Annual administration report of the Civil Veterinary Department, Ajmere-Merwara, British Rajputana - 1914-1940
Year: 1914
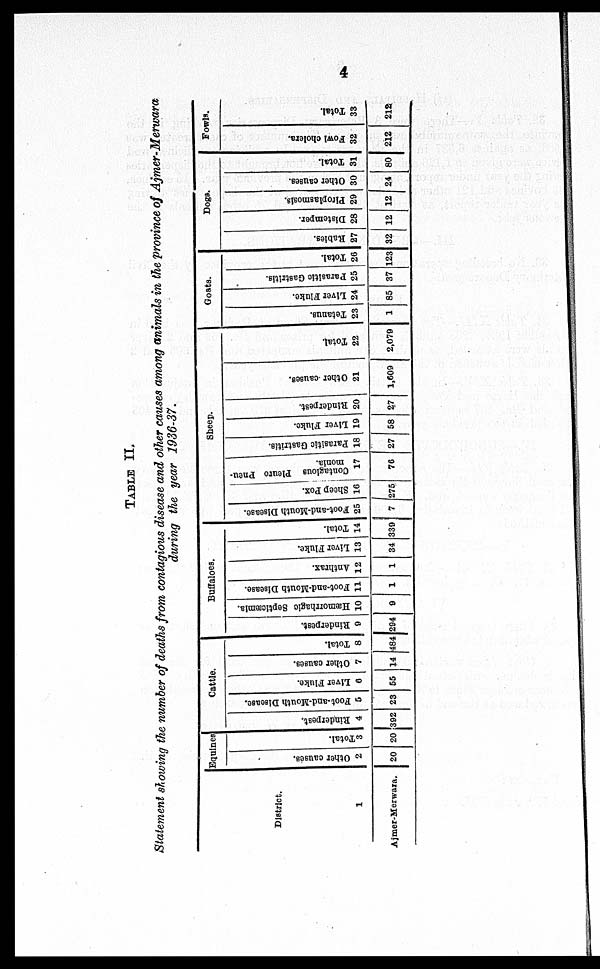
4
TABLE II.
Statement showing the number of deaths from contagious disease and other causes among animals in the province of Ajmer-Merwara
during the year 1936-37.
District.
1
Ajmer-Merwara.
Equines
Other causes.
2
20
Total.
3
20
Cattle.
Rinderpest.
4
392
Foot-and-Mouth Disease.
5
23
Liver Fluke.
6
55
Other causes.
7
14
Total.
8
484
Buffaloes.
Rinderpest.
9
294
Hæmorrhagic Septicæmia.
10
9
Foot-and-Mouth Disease.
11
1
Anthrax.
12
1
Liver Fluke.
13
34
Total.
14
339
Sheep.
Foot-and-Mouth Disease.
25
7
Sheep Pox.
16
275
Contagious Pleuro Pneu-
monia.
17
76
Parasitic Gastritis.
18
27
Liver Fluke.
19
58
Rinderpest.
20
27
Other causes.
21
1,609
Total
22
2,079
Goats.
Tetanus.
23
1
Liver Fluke.
24
85
Parasitic Gastritis.
25
37
Total.
26
123
Dogs.
Rabies.
27
32
Distemper.
28
12
Piroplasmosis.
29
12
Other causes.
30
24
Total.
31
80
Fowls.
Fowl cholera.
32
212
Total.
33
212